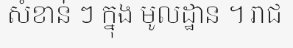
សំខាន់ ៗ ក្នុង មូលដ្ឋាន ។ រាជ